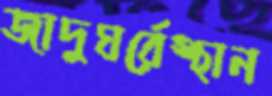
জাদুঘর্রেস্থান